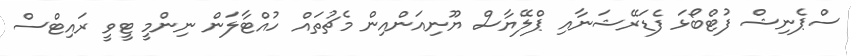
ސްޕެނިޝް ފުޓްބޯޅަ ފެޑަރޭޝަނާއި ޕްލޭޔާސް ޔޫނިއަންއިން މެޗުތައް ހުއްޓާލަން ނިންމީ ޓީވީ ރައިޓްސް